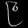
Digit: ၉